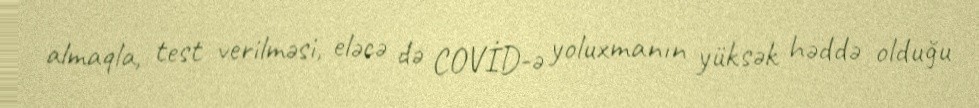
almaqla, test verilməsi, eləcə də COVİD-ə yoluxmanın yüksək həddə olduğu